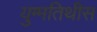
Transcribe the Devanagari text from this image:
युग्मतिथीस